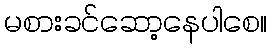
မစားခင်ဆော့နေပါစေ။